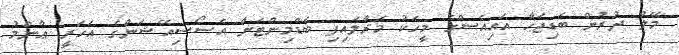
މޭލު ދުރުން ބަޑިޖަހާ އައިއެސްގެ މީހަކު މަރާލައިފި ބެޑްމިންޓަން އެސޯސިއޭޝަންގެ އަހަރީ ޢާންމު